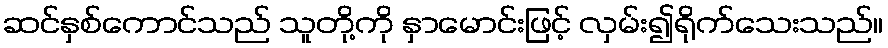
ဆင်နှစ်ကောင်သည် သူတို့ကို နှာမောင်းဖြင့် လှမ်း၍ရိုက်သေးသည်။